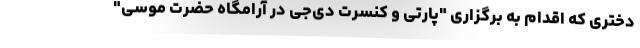
دختری که اقدام به برگزاری "پارتی و کنسرت دی‌جی در آرامگاه حضرت موسی"